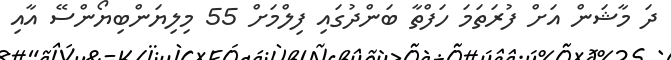
ދަ މާޝަން އަށް ފުރަތަމަ ހަފްތާ ބަންދުގައި ފިލްމަށް 55 މިލިޔަންބިޔޯންސޭ އާއި